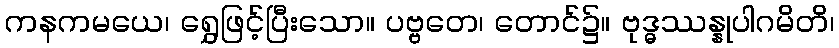
ကနကမယေ၊ ရွှေဖြင့်ပြီးသော။ ပဗ္ဗတေ၊ တောင်၌။ ဗုဒ္ဓဿန္နုပါဂမိတိ၊